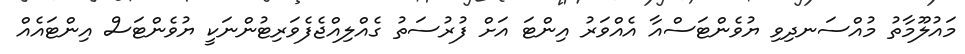
މައުލޫމާތު މުއްސަނދިވި ޔުވެންޓަސްއާ އެއްވަރު އިންޓަ އަށް ފުރުސަތު ގެއްލިއްޖެފެވަރިޓުންނަކީ ޔުވެންޓަސް އިންޓައެއް